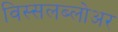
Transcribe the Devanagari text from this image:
विस्सलब्लोअर